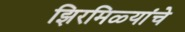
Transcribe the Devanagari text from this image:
झिरमिळ्यांचे